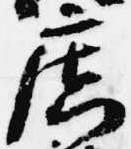
広